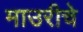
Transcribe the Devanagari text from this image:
माउरीचे